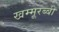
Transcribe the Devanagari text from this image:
खम्मूरब्बी